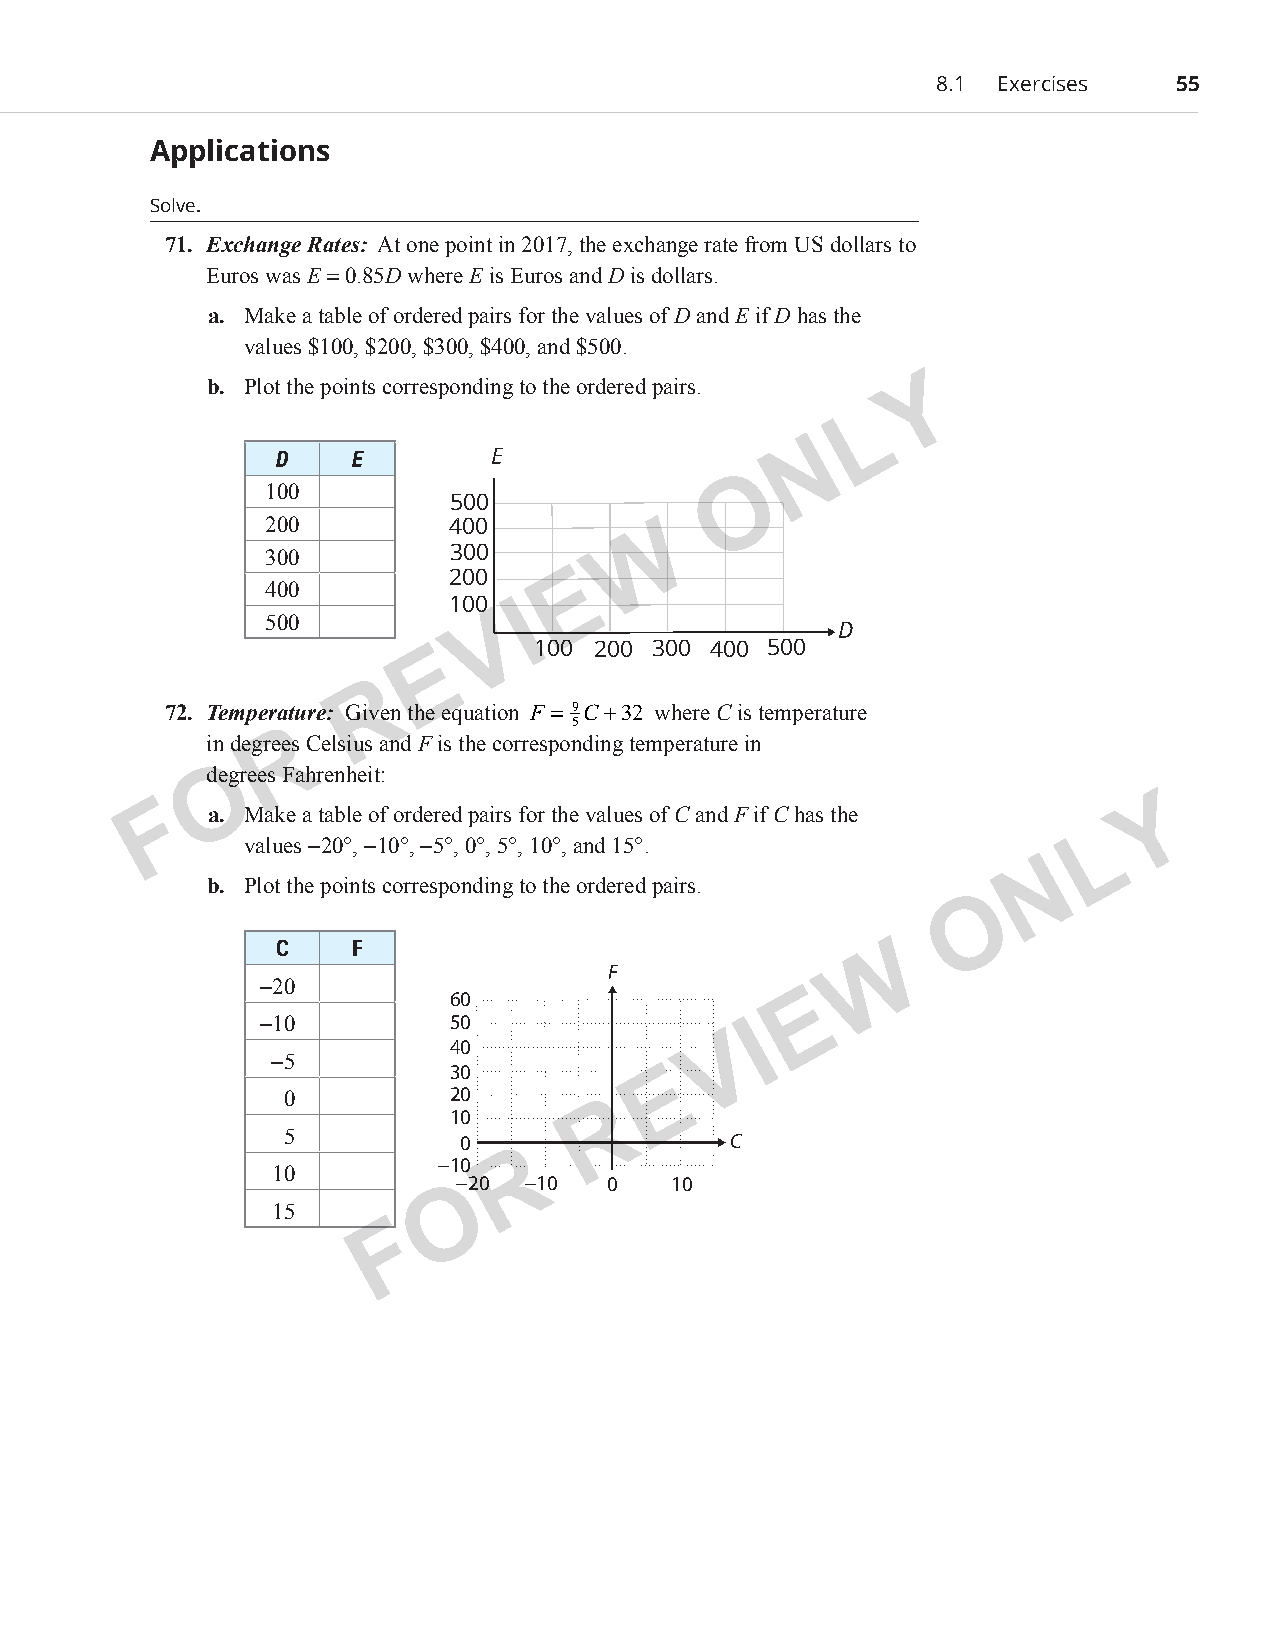
8.1 Exercises   55
 Applications
 Solve.
 71. Exchange Rates: At one point in 2017, the exchange rate from US dollars to
 Euros was E = 0.85D where E is Euros and D is dollars.
 a. Make a table of ordered pairs for the values of D and E if D has the
 values $100, $200, $300, $400, and $500.
 b. Plot the points corresponding to the ordered pairs. Y
 L
 N
 D    E         E
 O
 100
 500
 200         400         W
 300         300
 200     E
 400
 100  I
 500           V
 D
 100 200 300 400 500
 E
 R
 72. Temperature: Given the equation F = 9C+32 where C is temperature
 5
 R
 in degrees Celsius and F is the corresponding temperature in
 dOegrees Fahrenheit:
 F  a. Make a table of ordered pairs for the values of C and F if C has the Y
 L
 values −20°, −10°, −5°, 0°, 5°, 10°, and 15°.
 N
 b. Plot the points corresponding to the ordered pairs.
 O
 C     F                                W
 F
 −20
 60                     E
 −10          50                  I
 40                V
 −5
 30            E
 0          20
 R
 10
 5           0                 C
 R
 −10
 10
 −20  −10  0    10
 O
 15
 F
 PCM_Marketing_Booklet.indb 55                                            10/11/2017 10:01:18 AM